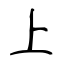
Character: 上